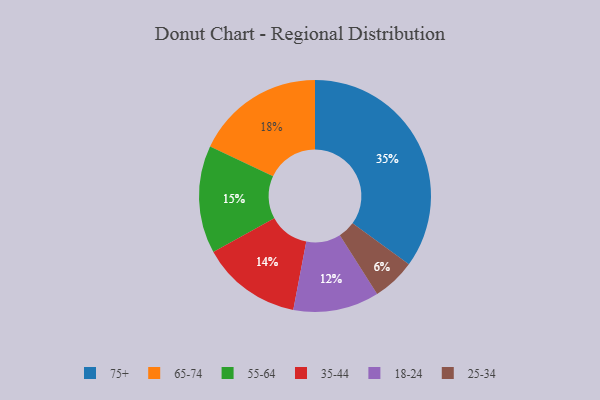
{"axis": {"x": "Category", "y": "Percentage"}, "legend": ["18-24", "25-34", "35-44", "55-64", "65-74", "75+"], "data": [{"x": "75+", "y": 35, "type": "75+"}, {"x": "65-74", "y": 18, "type": "65-74"}, {"x": "35-44", "y": 14, "type": "35-44"}, {"x": "18-24", "y": 12, "type": "18-24"}, {"x": "55-64", "y": 15, "type": "55-64"}, {"x": "25-34", "y": 6, "type": "25-34"}]}